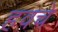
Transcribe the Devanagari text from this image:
हवचे